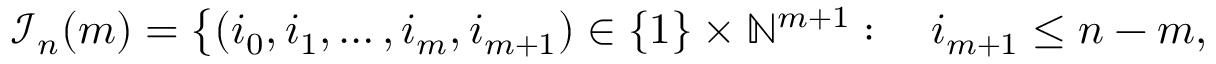
\begin{array} { r l } { \mathcal { I } _ { n } ( m ) = \big \{ ( i _ { 0 } , i _ { 1 } , \dots , i _ { m } , i _ { m + 1 } ) \in \{ 1 \} \times \mathbb { N } ^ { m + 1 } : \; } & { { } i _ { m + 1 } \leq n - m , } \end{array}